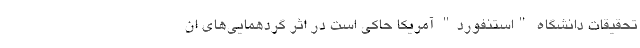
تحقیقات دانشگاه "استنفورد" آمریکا حاکی است در اثر گردهمایی‌های ان